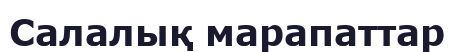
Салалық марапаттар